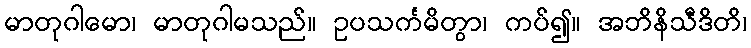
မာတုဂါမော၊ မာတုဂါမသည်။ ဥပသင်္ကမိတွာ၊ ကပ်၍။ အဘိနိသီဒိတိ၊